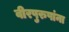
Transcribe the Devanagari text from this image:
वीरपुरुषांना